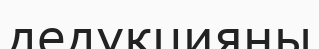
дедукцияны